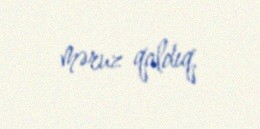
məruz qaldıq.